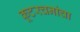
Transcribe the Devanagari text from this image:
कूटरचनांचा